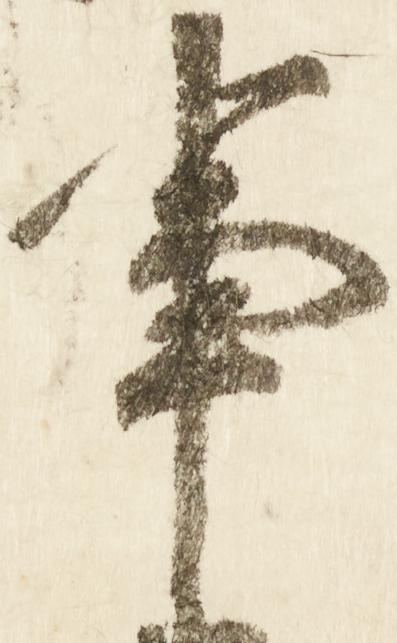
事